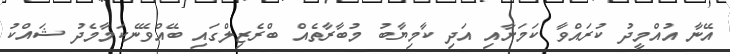
އޭނާ އުއްމީދު ކުރައްވާ ކަމަށާއި އަދި ކާމިޔާބު މުބާރާތެއް ބްރެޒިލްގައި ބޭއްވޭނެކަމާމެދު ޝައްކު